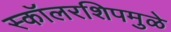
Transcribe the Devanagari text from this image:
स्कॉलरशिपमुळे